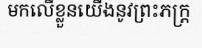
មកលើខ្លួនយើងនូវព្រះភក្ត្រ